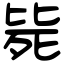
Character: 毙